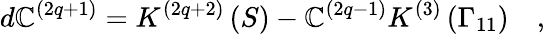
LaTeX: d\mathbb{C}^{\left(2q+1\right)}=K^{\left(2q+2\right)}\left(S\right)-\mathbb{C}^{\left(2q-1\right)}K^{\left(3\right)}\left(\Gamma_{11}\right)\quad,